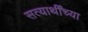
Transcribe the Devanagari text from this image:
सत्यार्थींच्या